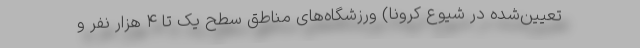
تعیین‌شده در شیوع کرونا) ورزشگاه‌های مناطق سطح یک تا ۴ هزار نفر و